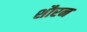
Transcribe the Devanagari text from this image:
शौरन